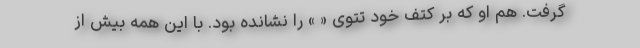
گرفت. هم او که بر کتف خود تتوی « » را نشانده بود. با این همه بیش از